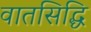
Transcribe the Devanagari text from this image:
वातसिद्धि